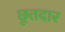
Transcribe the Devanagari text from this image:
छूतदार